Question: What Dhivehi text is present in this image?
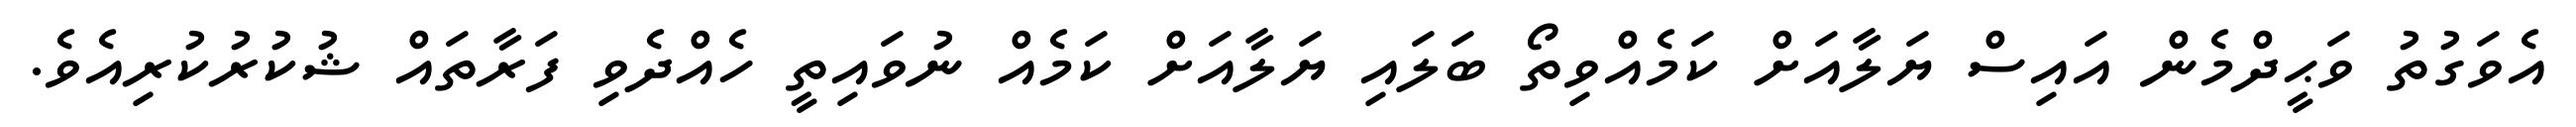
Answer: އެވަގުތު ވަޙީދްމެން އައިސް ޔަލާއަށް ކަމެއްވިތޯ ބަލައި ޔަލާއަށް ކަމެއް ނުވައިތީ ހެއްދެވި ފަރާތައް ޝުކުރުކުރިއެވެ.